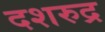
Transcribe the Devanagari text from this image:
दशरुद्र